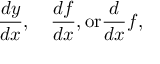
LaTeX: { \frac { d y } { d x } } , \quad { \frac { d f } { d x } } , { \mathrm { o r } } { \frac { d } { d x } } f ,